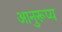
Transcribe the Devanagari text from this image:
आनुरूप्य